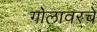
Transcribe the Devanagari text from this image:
गोलावरचे